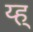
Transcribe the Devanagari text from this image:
य्ह्